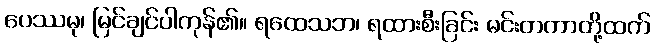
ပေဿမု၊ မြင်ချင်ပါကုန်၏။ ရထေသဘ၊ ရထားစီးခြင်း မင်းတကာတို့ထက်